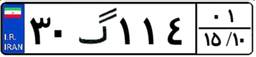
۶۷گ۷۸۲۱۰